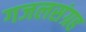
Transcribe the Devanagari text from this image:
गजलसंग्रह